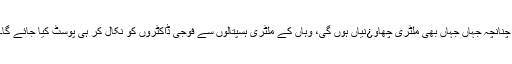
چنانچہ جہاں جہاں بھی ملٹری چھاو¿نیاں ہوں گی، وہاں کے ملٹری ہسپتالوں سے فوجی ڈاکٹروں کو نکال کر ہی پوسٹ کیا جائے گا۔